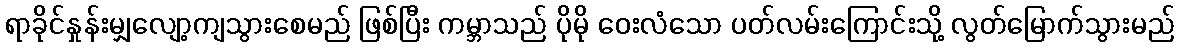
ရာခိုင်နှုန်းမျှလျော့ကျသွားစေမည် ဖြစ်ပြီး ကမ္ဘာသည် ပိုမို ဝေးလံသော ပတ်လမ်းကြောင်းသို့ လွတ်မြောက်သွားမည်